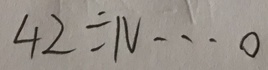
4 2 \div N \cdots 0